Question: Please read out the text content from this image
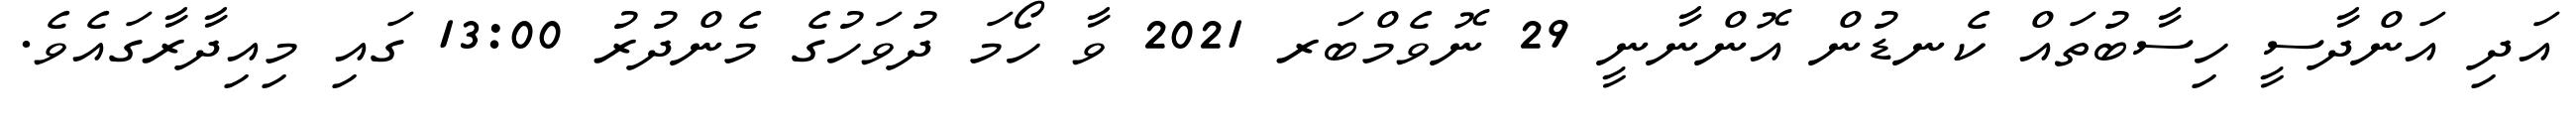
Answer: އަދި އަންދާސީ ހިސާބުތައް ކެނޑުން އޮންނާނީ 29 ނޮވެމްބަރ 2021 ވާ ހޯމަ ދުވަހުގެ މެންދުރު 13:00 ގައި މިއިދާރާގައެވެ.